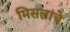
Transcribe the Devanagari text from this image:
मिसलांचे